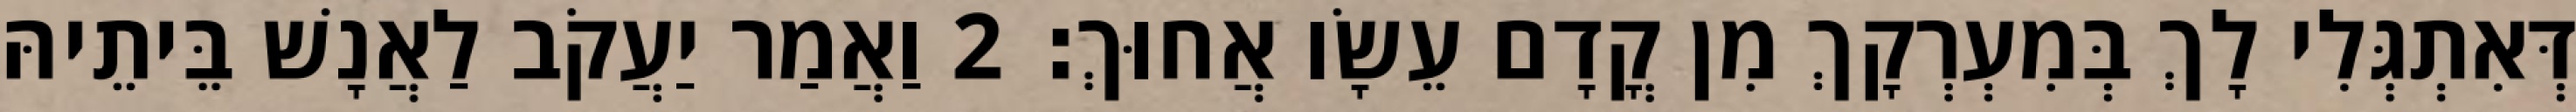
דְּאִתְגְּלִי לָךְ בְּמִעְרְקָךְ מִן קֳדָם עֵשָׂו אֲחוּךְ׃ 2 וַאֲמַר יַעֲקֹב לַאֲנָשׁ בֵּיתֵיהּ